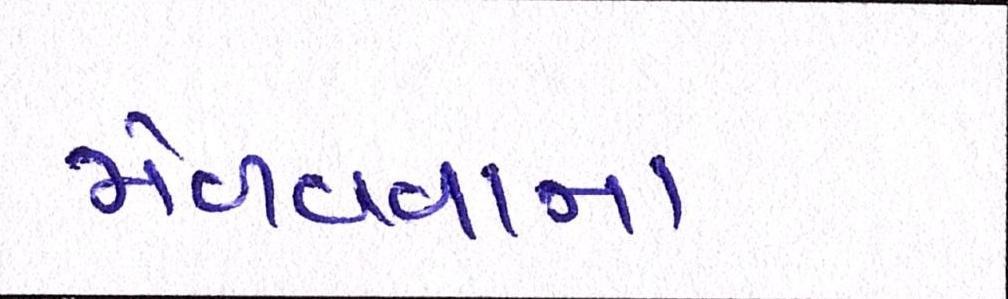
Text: મેળવવાના